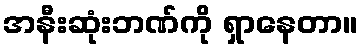
အနီးဆုံးဘဏ်ကို ရှာနေတာ။